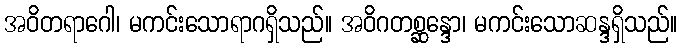
အဝိတရာဂေါ၊ မကင်းသောရာဂရှိသည်။ အဝိဂတစ္ဆန္ဒော၊ မကင်းသောဆန္ဒရှိသည်။